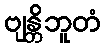
ဗျန္တိဘူတံ